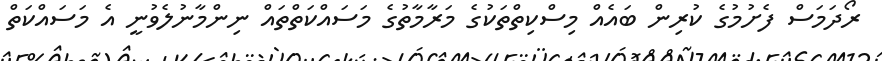
ރޯދަމަސް ފެށުމުގެ ކުރިން ބައެއް މިސްކިތްތަކުގެ މަރާމާތުގެ މަސައްކަތްތައް ނިންމާނުލެވުނީ އެ މަސައްކަތް